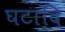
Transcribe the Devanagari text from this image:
घटादि